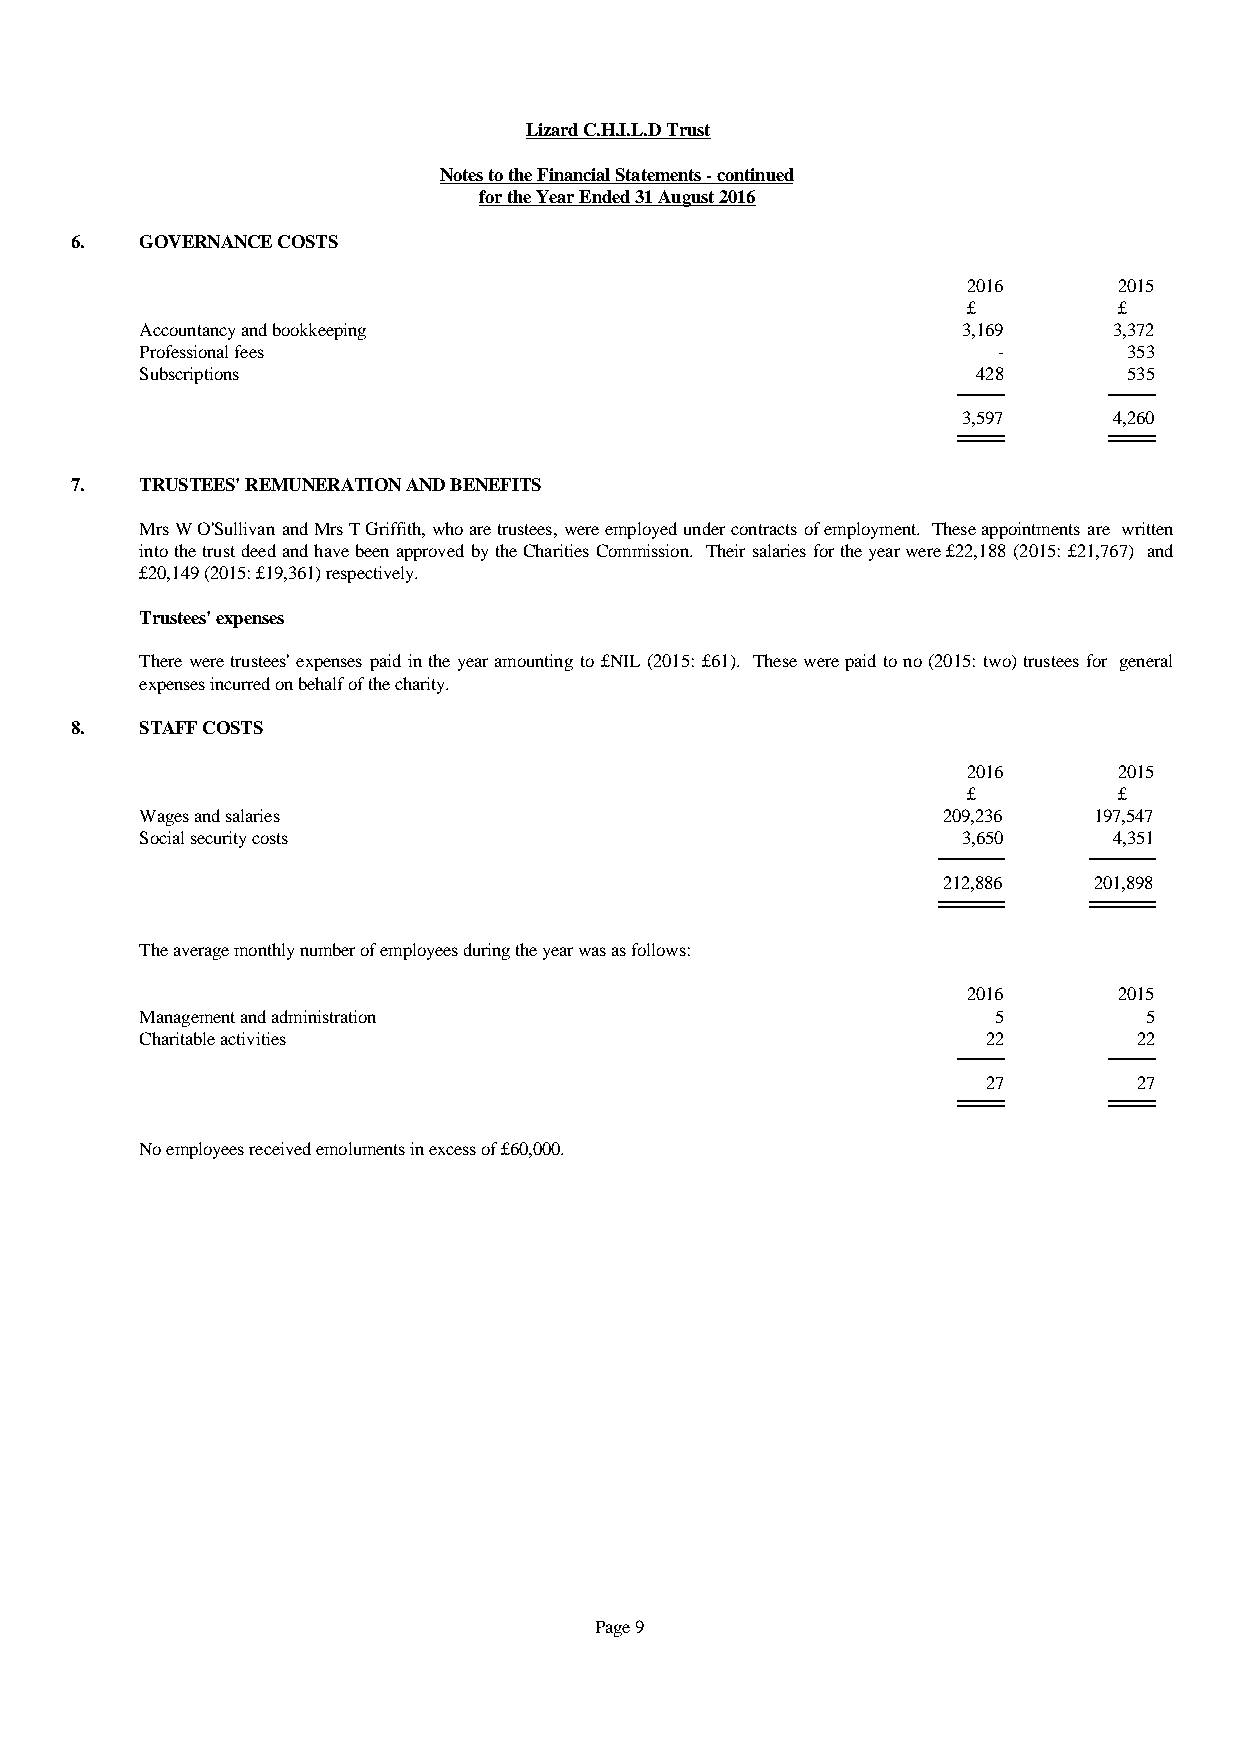
Lizard C.H.I.L.D Trust
 Notes to the Financial Statements - continued
 for the Year Ended 31 August 2016
 6.  GOVERNANCE COSTS
 2016      2015
 £         £
 Accountancy and bookkeeping                            3,169     3,372
 Professional fees                                        -        353
 Subscriptions                                           428       535
 3,597     4,260
 7.  TRUSTEES' REMUNERATION AND BENEFITS
 MrsWO'SullivanandMrsTGriffith,whoaretrustees,wereemployedundercontractsofemployment. Theseappointmentsare written
 intothetrustdeedandhavebeenapprovedbytheCharitiesCommission. Theirsalariesfortheyearwere£22,188(2015:£21,767) and
 £20,149 (2015: £19,361) respectively.
 Trustees' expenses
 Thereweretrustees'expensespaidintheyearamountingto£NIL(2015:£61). Thesewerepaidtono(2015:two)trusteesfor general
 expenses incurred on behalf of the charity.
 8.  STAFF COSTS
 2016      2015
 £         £
 Wages and salaries                                   209,236   197,547
 Social security costs                                  3,650     4,351
 212,886   201,898
 The average monthly number of employees during the year was as follows:
 2016      2015
 Management and administration                            5         5
 Charitable activities                                   22        22
 27        27
 No employees received emoluments in excess of £60,000.
 Page 9